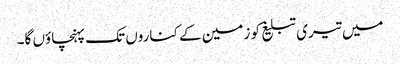
میں تیری تبلیغ کو زمین کے کناروں تک پہنچاؤں گا۔